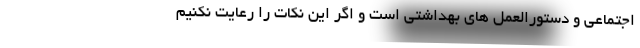
اجتماعی و دستورالعمل های بهداشتی است و اگر این نکات را رعایت نکنیم